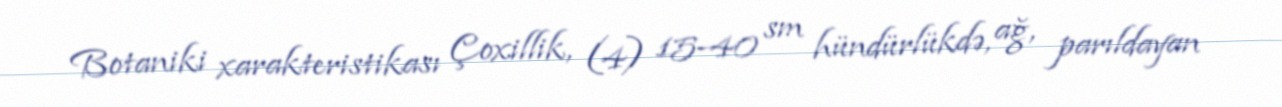
Botaniki xarakteristikası Çoxillik, (4) 15-40 sm hündürlükdə, ağ, parıldayan